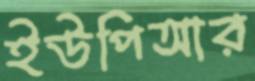
ইউপিআর